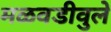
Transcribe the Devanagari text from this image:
मळवडीवुले